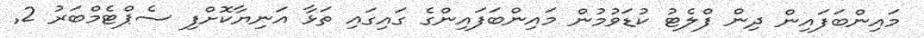
މައިންބަފައިން ދިން ފްލެޓު ކުޑަވުމުން މައިންބަފައިންގެ ގައިގައި ތަޅާ އަނިޔާކޮށްފި ސެޕްޓެމްބަރު 2